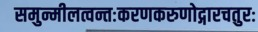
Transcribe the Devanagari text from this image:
समुन्मीलत्वन्तःकरणकरुणोद्गारचतुरः